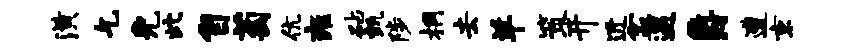
潢乞免此自萄伉雍砧甄陟桐去羊策开近盆遇爵遭京